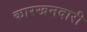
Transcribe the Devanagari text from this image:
कारखनदारी